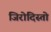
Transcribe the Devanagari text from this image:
जिरोदिस्तो